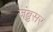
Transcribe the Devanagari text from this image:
जंबुसर